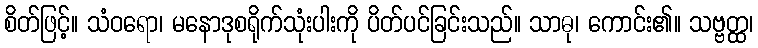
စိတ်ဖြင့်။ သံဝရော၊ မနောဒုစရိုက်သုံးပါးကို ပိတ်ပင်ခြင်းသည်။ သာဓု၊ ကောင်း၏။ သဗ္ဗတ္ထ၊